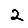
Digit: 2